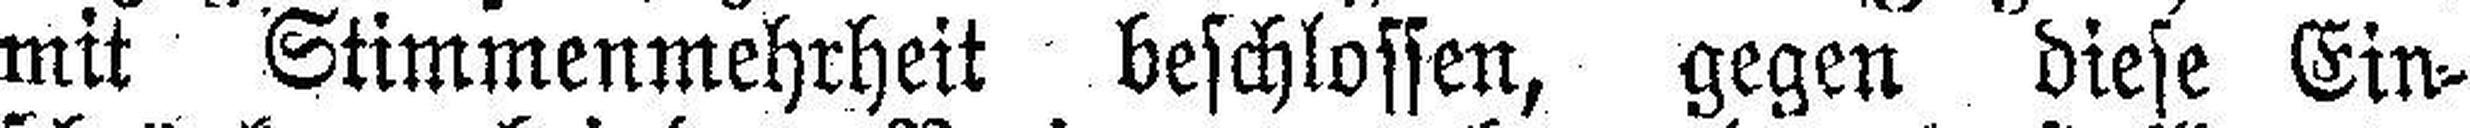
mit Stimmenmehrheit beschlossen, gegen diese Ein¬